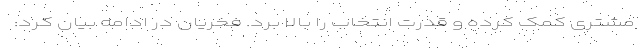
مشتری کمک کرده و قدرت انتخاب را بالا برد. فخريان در ادامه بیان کرد: